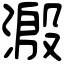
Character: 溵